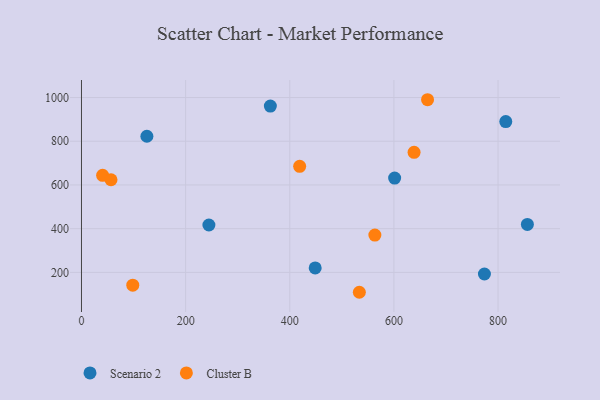
{"axis": {"x": "Speed", "y": "Yield"}, "legend": ["Cluster B", "Scenario 2"], "data": [{"x": "814.8", "y": 889.9, "type": "Scenario 2"}, {"x": "244.7", "y": 416.7, "type": "Scenario 2"}, {"x": "601.4", "y": 631.6, "type": "Scenario 2"}, {"x": "856.3", "y": 419.6, "type": "Scenario 2"}, {"x": "773.8", "y": 192.7, "type": "Scenario 2"}, {"x": "125.6", "y": 822.7, "type": "Scenario 2"}, {"x": "448.8", "y": 220.5, "type": "Scenario 2"}, {"x": "362.7", "y": 960.9, "type": "Scenario 2"}, {"x": "98.5", "y": 141.7, "type": "Cluster B"}, {"x": "419.0", "y": 685.3, "type": "Cluster B"}, {"x": "664.6", "y": 989.9, "type": "Cluster B"}, {"x": "40.6", "y": 643.9, "type": "Cluster B"}, {"x": "638.7", "y": 749.4, "type": "Cluster B"}, {"x": "56.7", "y": 623.8, "type": "Cluster B"}, {"x": "563.4", "y": 370.9, "type": "Cluster B"}, {"x": "533.6", "y": 109.0, "type": "Cluster B"}]}